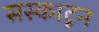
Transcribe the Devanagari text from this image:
सस्काटून